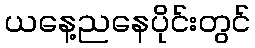
ယနေ့ညနေပိုင်းတွင်